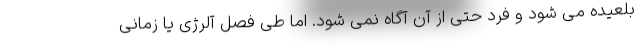
بلعیده می شود و فرد حتی از آن آگاه نمی شود. اما طی فصل آلرژی یا زمانی